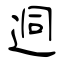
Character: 迵